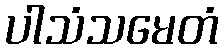
ပါသံသမေတံ